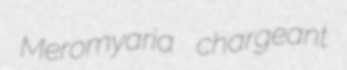
Meromyaria chargeant